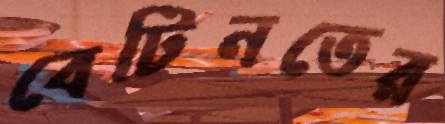
বেটিনতের